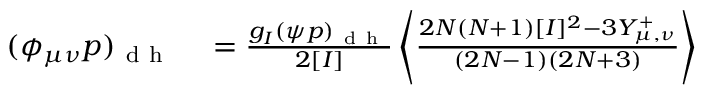
\begin{array} { r l } { ( \phi _ { \mu \nu } p ) _ { \mathrm { ~ d ~ h ~ } } } & { { } = \frac { g _ { I } ( \psi p ) _ { \mathrm { ~ d ~ h ~ } } } { 2 [ I ] } \left\langle \frac { 2 N ( N + 1 ) [ I ] ^ { 2 } - 3 Y _ { \mu , \nu } ^ { + } } { ( 2 N - 1 ) ( 2 N + 3 ) } \right\rangle } \end{array}